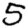
Digit: 5